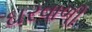
ઘરવાળી